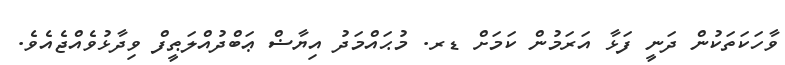
ވާހަކަތަކުން ދަނީ ފަޅާ އަރަމުން ކަމަށް ޑރ. މުޙައްމަދު އިޔާޟް ޢަބްދުއްލަޠީފް ވިދާޅުވެއްޖެއެވެ.